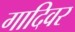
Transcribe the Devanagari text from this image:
गादिवर